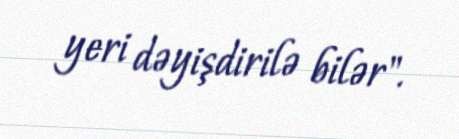
yeri dəyişdirilə bilər".